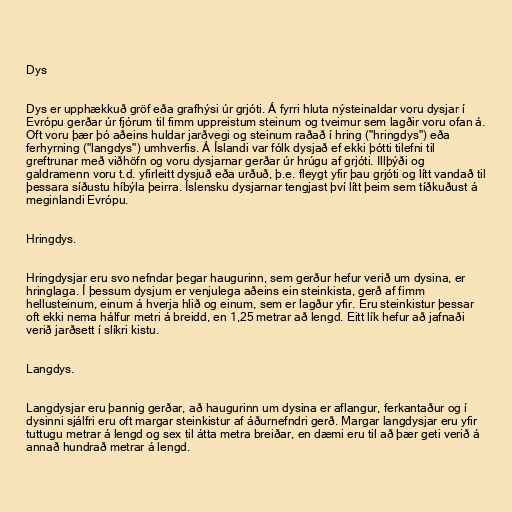
Dys

Dys er upphækkuð gröf eða grafhýsi úr grjóti. Á fyrri hluta nýsteinaldar voru dysjar í
Evrópu gerðar úr fjórum til fimm uppreistum steinum og tveimur sem lagðir voru ofan á.
Oft voru þær þó aðeins huldar jarðvegi og steinum raðað í hring ("hringdys") eða
ferhyrning ("langdys") umhverfis. Á Íslandi var fólk dysjað ef ekki þótti tilefni til
greftrunar með viðhöfn og voru dysjarnar gerðar úr hrúgu af grjóti. Illþýði og
galdramenn voru t.d. yfirleitt dysjuð eða urðuð, þ.e. fleygt yfir þau grjóti og lítt vandað til
þessara síðustu híbýla þeirra. Íslensku dysjarnar tengjast því lítt þeim sem tíðkuðust á
meginlandi Evrópu.

Hringdys.

Hringdysjar eru svo nefndar þegar haugurinn, sem gerður hefur verið um dysina, er
hringlaga. Í þessum dysjum er venjulega aðeins ein steinkista, gerð af fimm
hellusteinum, einum á hverja hlið og einum, sem er lagður yfir. Eru steinkistur þessar
oft ekki nema hálfur metri á breidd, en 1,25 metrar að lengd. Eitt lík hefur að jafnaði
verið jarðsett í slíkri kistu.

Langdys.

Langdysjar eru þannig gerðar, að haugurinn um dysina er aflangur, ferkantaður og í
dysinni sjálfri eru oft margar steinkistur af áðurnefndri gerð. Margar langdysjar eru yfir
tuttugu metrar á lengd og sex til átta metra breiðar, en dæmi eru til að þær geti verið á
annað hundrað metrar á lengd.